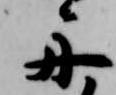
舟